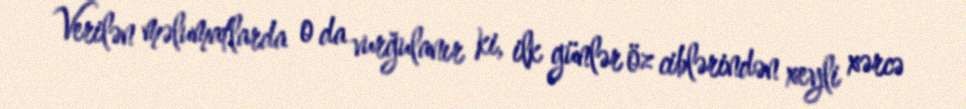
Verilən məlumatlarda o da vurğulanır ki, ilk günlər öz ciblərindən xeyli xərcə